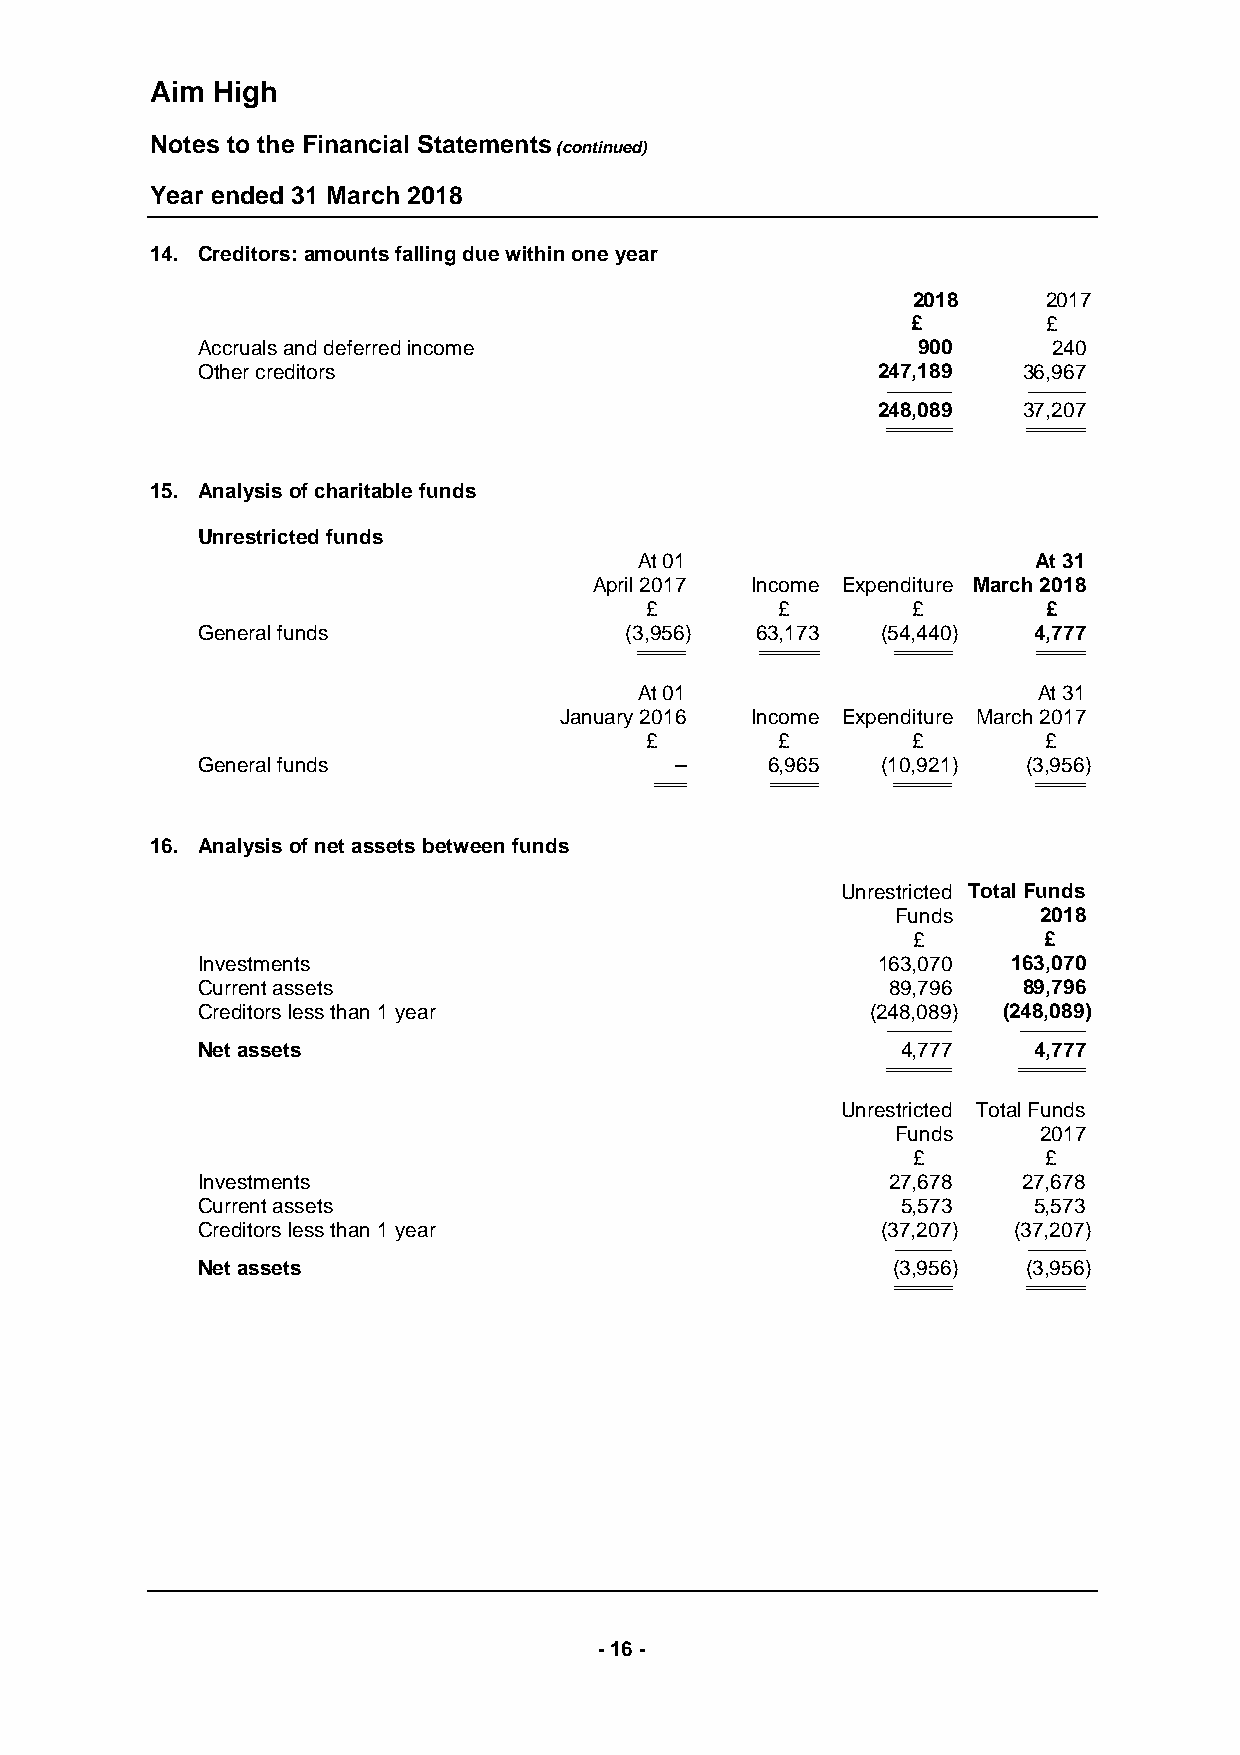
Aim High
 Notes to the Financial Statements
 (continued)
 Year ended 31 March 2018
 14. Creditors: amounts falling due within one year
 2018     2017
 £        £
 Accruals and deferred income                    900      240
 Other creditors                              247,189   36,967
 -------------------------------- ----------------------------
 248,089   37,207
 ================================ ============================
 15. Analysis of charitable funds
 Unrestricted funds
 At 01                      At 31
 April 2017 Income Expenditure March 2018
 £        £       £        £
 General funds               (3,956)  63,173  (54,440)  4,777
 ======================= ============================ ============================ =======================
 At 01                      At 31
 January 2016 Income Expenditure March 2017
 £        £       £        £
 General funds                   –     6,965  (10,921)  (3,956)
 ============== ======================= ============================ =======================
 16. Analysis of net assets between funds
 Unrestricted Total Funds
 Funds     2018
 £        £
 Investments                                  163,070  163,070
 Current assets                                89,796   89,796
 Creditors less than 1 year                   (248,089) (248,089)
 -------------------------------- --------------------------------
 Net assets                                     4,777   4,777
 ================================ ================================
 Unrestricted Total Funds
 Funds     2017
 £        £
 Investments                                   27,678   27,678
 Current assets                                 5,573   5,573
 Creditors less than 1 year                   (37,207) (37,207)
 ---------------------------- ----------------------------
 Net assets                                    (3,956)  (3,956)
 ============================ ============================
 - 16 -